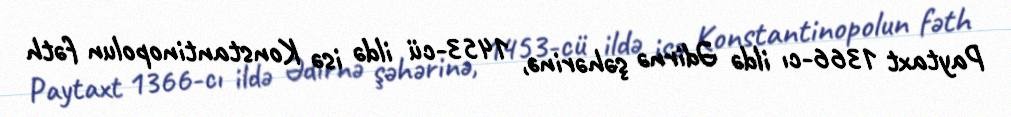
Paytaxt 1366-cı ildə Ədirnə şəhərinə, 1453-cü ildə isə Konstantinopolun fəth